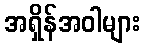
အရှိန်အဝါများ